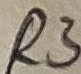
Text: R3